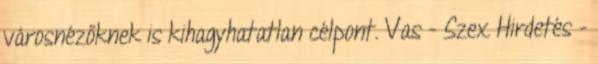
városnézőknek is kihagyhatatlan célpont. Vas - Szex Hirdetés -